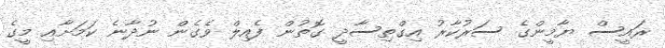
ރައީސް ޔާމީންގެ ސަރުކާރު އިގްތިސާދީ ގޮތުން ފެއިލް ވެގެން ނުދާނެ ކަމަށާއި މީގެ